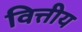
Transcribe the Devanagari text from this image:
वित्तीय